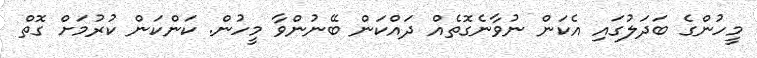
މީހުންގެ ބަދަލުގައި އެކަން ނުވާނެގޮތެއް ދައްކަން ބޭނުންވާ މީހުން. ކަންކަން ކުރުމަށް ގޮތް